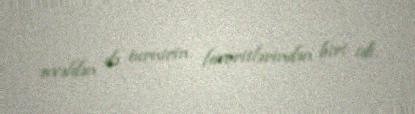
əvvəldən də turnirin favoritlərindən biri idi.